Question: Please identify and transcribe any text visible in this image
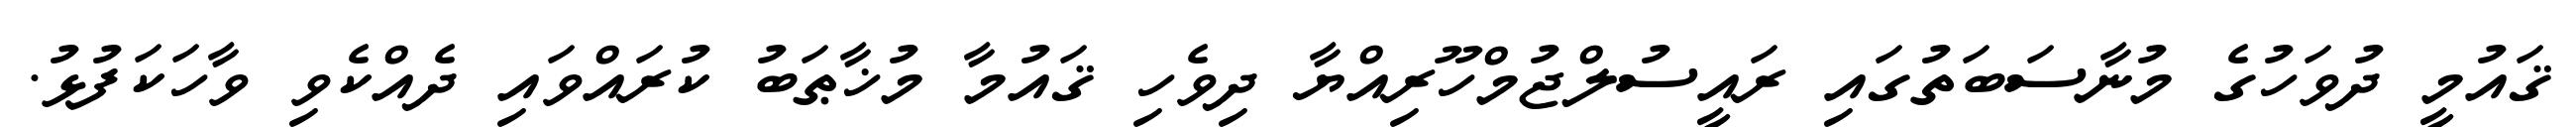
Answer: ޤައުމީ ދުވަހުގެ މުނާސަބަތުގައި ރައީސުލްޖުމްހޫރިއްޔާ ދިވެހި ޤައުމާ މުޚާޠަބު ކުރައްވައި ދެއްކެވި ވާހަކަފުޅު.